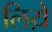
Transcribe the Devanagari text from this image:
लिय़े